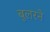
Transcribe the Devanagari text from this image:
बुलरने